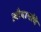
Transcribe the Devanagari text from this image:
औदार्याचे